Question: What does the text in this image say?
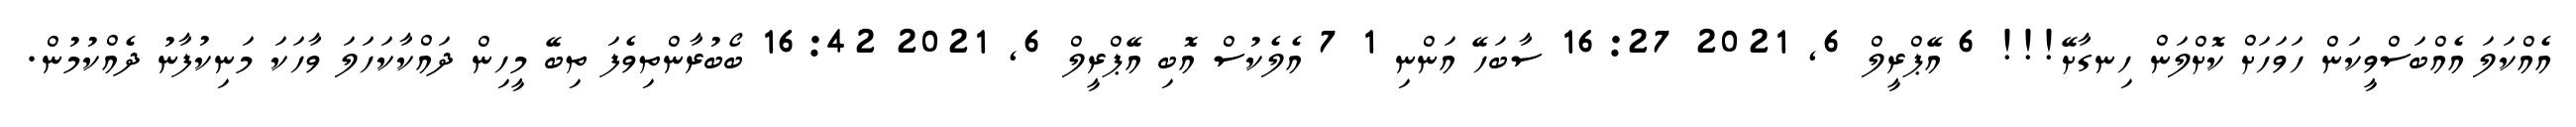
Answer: އެއްކަލަ އެއްބަސްވީކަން ހަވަހަށް ކޮށްލަން ހިނގާށޭ!!! 6 އޭޕްރީލް 6, 2021 16:27 ސާބަހޭ އަންނި 1 7 އެލެކުސް އޮބި އޭޕްރީލް 6, 2021 16:42 ބޯބުރާންތިވެފަ ތިބޭ މީހިން ދައްކާކަހަލަ ވާހަކަ މަނިކުފާނު ދެއްކުމުން.